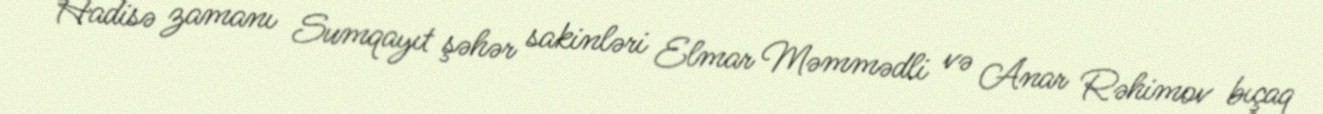
Hadisə zamanı Sumqayıt şəhər sakinləri Elmar Məmmədli və Anar Rəhimov bıçaq